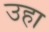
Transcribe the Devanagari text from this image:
उहा